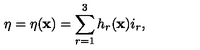
\eta = \eta ( { \bf x } ) = \sum _ { r = 1 } ^ { 3 } h _ { r } ( { \bf x } ) i _ { r } ,